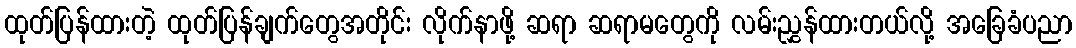
ထုတ်ပြန်ထားတဲ့ ထုတ်ပြန်ချက်တွေအတိုင်း လိုက်နာဖို့ ဆရာ ဆရာမတွေကို လမ်းညွှန်ထားတယ်လို့ အခြေခံပညာ